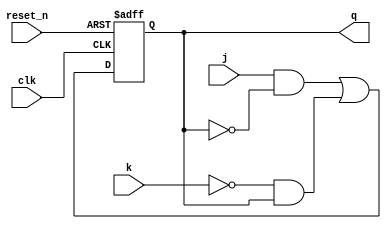
module jk_flipflop
  (
   input      clk,
   input      reset_n,
   input      j,
   input      k,
   output reg q
   );

   always @(posedge clk, negedge reset_n)
     if (!reset_n)
       q <= 1'b0;
     else
       q <= (j & ~q) | (~k & q);

endmodule // jk_flipflop